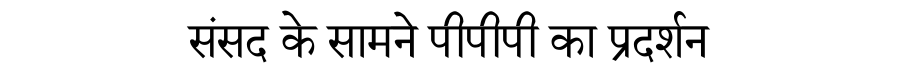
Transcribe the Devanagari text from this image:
संसद के सामने पीपीपी का प्रदर्शन